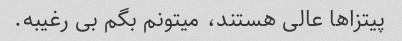
پیتزا‌ها عالی هستند، میتونم بگم بی رغیبه.